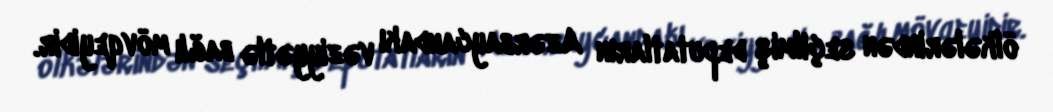
ölkələrindən seçilmiş deputatların Azərbaycandakı vəziyyətlə bağlı mövqeyidir.